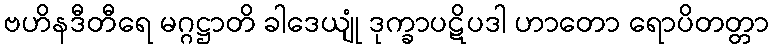
ဗဟိနဒီတီရေ မဂ္ဂဋ္ဌာတိ ခါဒေယျုံ ဒုက္ခာပဋိပဒါ ဟာတော ရောပိတတ္တာ